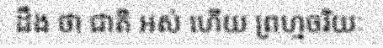
ដឹង ថា ជាតិ អស់ ហើយ ព្រហ្មចរិយៈ